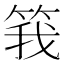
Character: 𬕆